Vaccination United Provinces of Agra and Oudh 1914-1922 - 1914-1922
Year: 1914
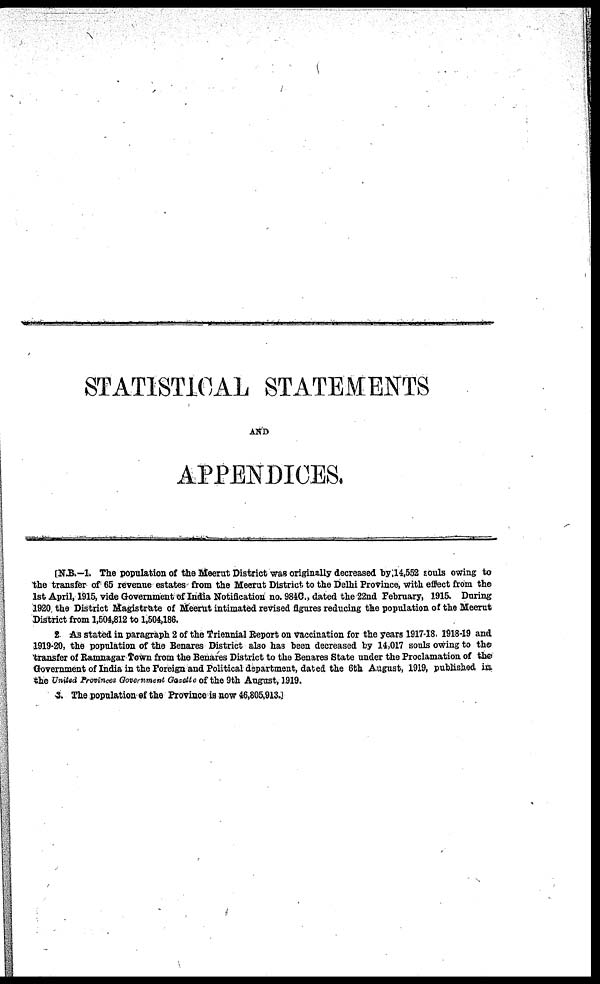
STATISTICAL STATEMENTS
AND
APPENDICES.
[N.B.—1. The population of the Meerut District was originally decreased by, 14,552 couls owing to
the transfer of 65 revenue estates from the Meerut District to the Delhi Province, with effect from the
1st April, 1915, vide Government of India Notification no. 9840., dated the 22nd February, 1915. During
1920 the District Magistrate of Meerut intimated revised figures reducing the population of the Meerut
District from 1,504,812 to 1,504,186.
2 As stated in paragraph 2 of the Triennial Report on vaccination for the years 1917-18. 1918-19 and
1919-20, the population of the Benares District also has been decreased by 14,017 souls owing to the
transfer of Ramnagar Town from the Benares District to the Benares State under the Proclamation of the
Government of India in the Foreign and Political department, dated the 6th August, 1919, published in
the United Provinces Government Gazette of the 9th August, 1919.
3. The population of the Province is now 46,805,913.]